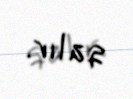
qalır.